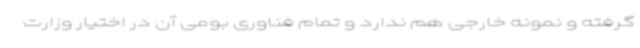
گرفته و نمونه خارجی هم ندارد و تمام فناوری بومی آن در اختیار وزارت